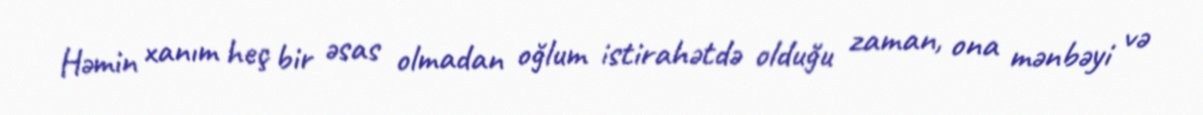
Həmin xanım heç bir əsas olmadan oğlum istirahətdə olduğu zaman, ona mənbəyi və